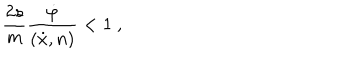
\frac { 2 s } { m } \frac { \dot { \varphi } } { ( \dot { x } , n ) } < 1 \ ,